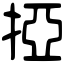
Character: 掗